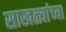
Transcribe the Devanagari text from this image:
साखळ्यांच्या